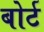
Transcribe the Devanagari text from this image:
बोर्ट